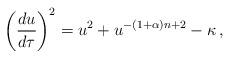
LaTeX: \begin{align*}\left({du\over d\tau}\right)^2 = u^2+ u^{-(1+\alpha)n+2}-\kappa \,,\end{align*}